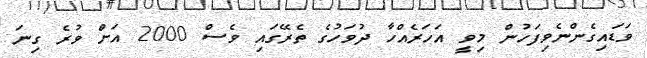
ވަޑައިގެންނެވިފަހުން މިވީ އަހަރެއްހާ ދުވަހުގެ ތެރޭގައި ވެސް 2000 އަށް ވުރެ ގިނަ